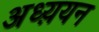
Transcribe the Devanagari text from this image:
अध्य़यन